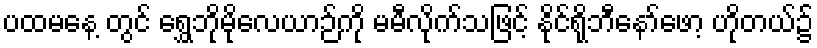
ပထမနေ့ တွင် ရွှေဘိုမိုလေယာဉ်ကို မမီလိုက်သဖြင့် နိုင်ရိုဘီနော်ဖော့ ဟိုတယ်၌